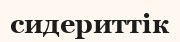
сидериттік